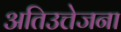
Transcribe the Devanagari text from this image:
अतिउत्तेजना